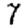
Digit: 7